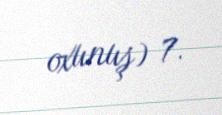
oxunuş) 7.